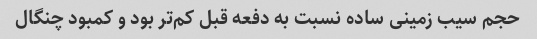
حجم سیب زمینی ساده نسبت به دفعه قبل کم‌تر بود و کمبود چنگال